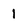
Character: 1